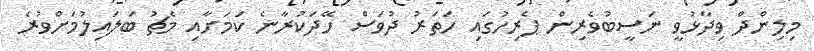
މިލިންދް ވިދާޅުވީ ނަސީބުވެރިން ޕެރިހުގައި ހަތަރު ދުވަސް ހޭދަކުރާނެ ކަމަށާއި މެޗު ބަލައިލުމަށްވުރެ